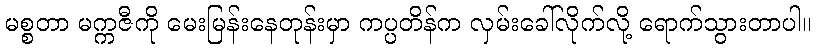
မစ္စတာ မက္ကဇီကို မေးမြန်းနေတုန်းမှာ ကပ္ပတိန်က လှမ်းခေါ်လိုက်လို့ ရောက်သွားတာပါ။